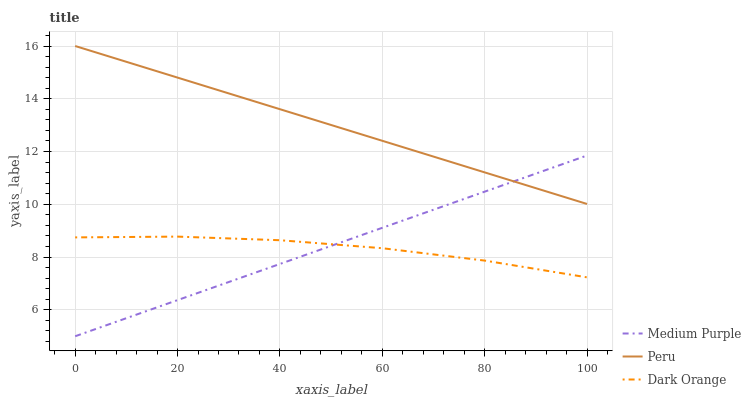
| xaxis_label | Medium Purple | Peru | Dark Orange |
 | --- | --- | --- | --- |
 | 0 | 5 | 16 | 8.75 |
 | 20 | 6.37 | 14.8 | 8.78 |
 | 40 | 7.74 | 13.6 | 8.64 |
 | 60 | 9.11 | 12.4 | 8.34 |
 | 80 | 10.5 | 11.2 | 7.87 |
 | 100 | 11.8 | 10 | 7.23 |